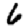
Digit: 6